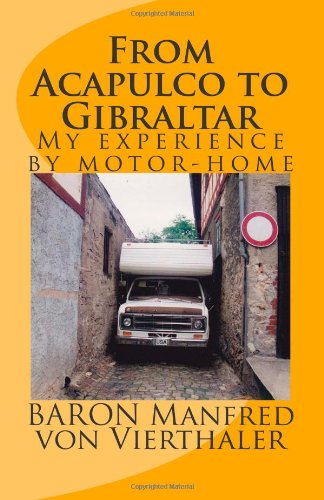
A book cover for From Acapulco to Gibraltar: My experience by motor-home; BARON Manfred von Vierthaler; Travel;